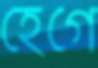
হেগে